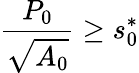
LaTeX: \frac{P_{0}}{\sqrt{A_{0}}}\geq s_{0}^{{*}}